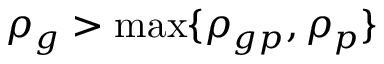
\rho _ { g } > \operatorname* { m a x } \{ \rho _ { g p } , \rho _ { p } \}